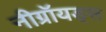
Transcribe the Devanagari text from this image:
नीग्रॉयड्स